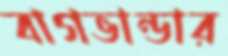
বাগভান্ডার